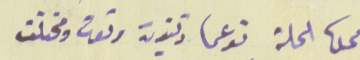
محلها الحلة نوعها زيتون وتوت ومختلف